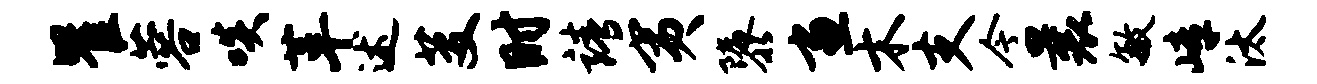
瞿蓉啖革述芟时靖夷隳画木支今曩敏嶂汰